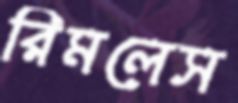
রিমলেস